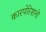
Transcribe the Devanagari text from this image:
कारपोरेशनों